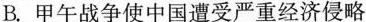
B.甲午战争使中国遭受严重经济侵略